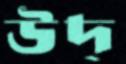
উদ্